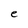
Character: e